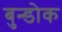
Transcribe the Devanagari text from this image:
बुन्डोक